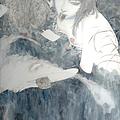
别离滋味浓于酒。著人瘦。此情不及墙东柳。春色年年如旧。